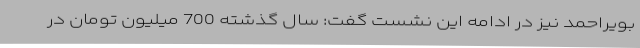
بویراحمد نیز در ادامه این نشست گفت: سال گذشته 700 میلیون تومان در